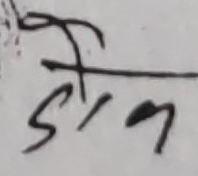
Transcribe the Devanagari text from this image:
जिन